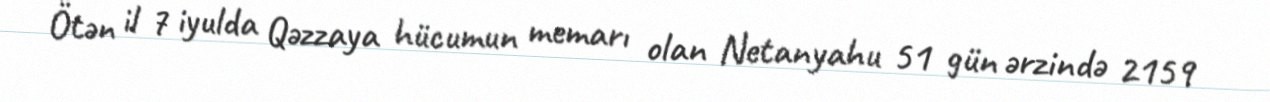
Ötən il 7 iyulda Qəzzaya hücumun memarı olan Netanyahu 51 gün ərzində 2159